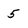
Character: 5